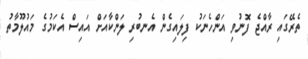
ތެރޭގައި ރާއްޖެ ފޮނުވި އަންހެނަކު ފިލައިގެން އެނބުރި ލަންކާއަށް އައިސް އެކަމުގެ މައުލޫމާތު